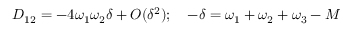
D _ { 1 2 } = - 4 \omega _ { 1 } \omega _ { 2 } \delta + O ( \delta ^ { 2 } ) ; \quad - \delta = \omega _ { 1 } + \omega _ { 2 } + \omega _ { 3 } - M